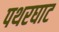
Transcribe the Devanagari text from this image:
पथरघाट